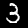
Digit: 3